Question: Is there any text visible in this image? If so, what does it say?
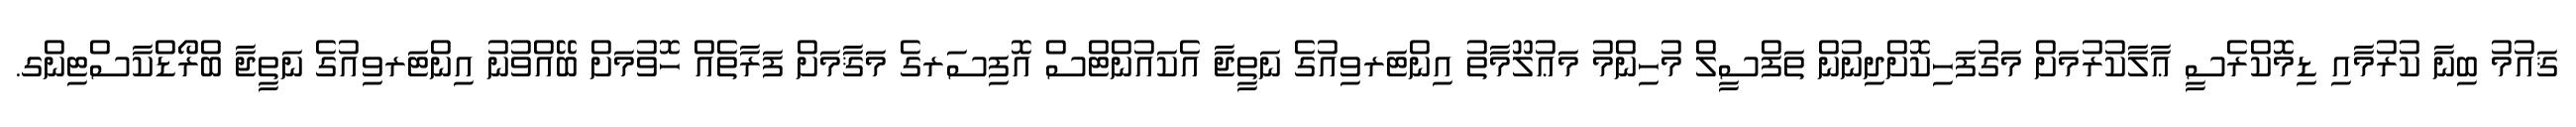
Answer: ޤައުމު ބިނާ ކުރުމާއި ޑިމޮކްރެސީ ޢާލާކުރުމަށް މަގުފަހިކޮށްދިނުން ތަފްސީލް މުހިންމު މަޢުލޫމާތު އިންޓަރވިއުގެ ނަތީޖާ އެކައުންޓްސް އޮފިސަރގެ މަޤާމަށް ފަރާތެއް ހޮވުމަށް ބޭއްވުނު އިންޓަރވިއުގެ ނަތީޖާ ބްރޯޑްކާސްޓިންގ.